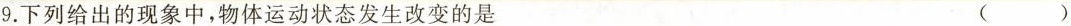
9.下列给出的现象中，物体运动状态发生改变的是 ()